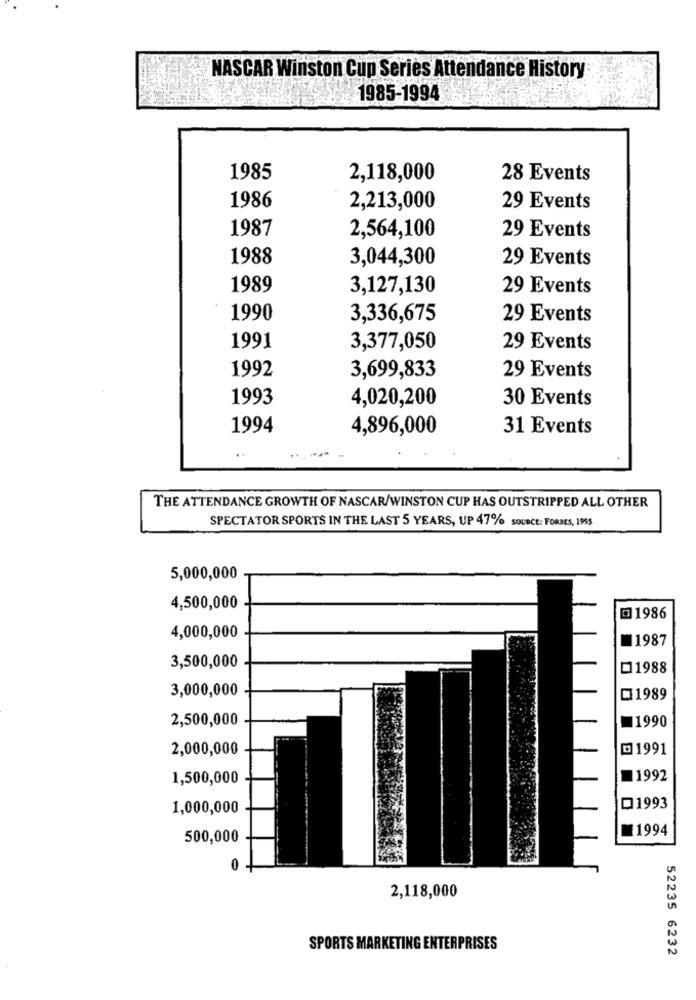
NASCAR Winston Cup Series Attendance History
1985-1994
1985
2,118,000
28 Events
1986
2,213,000
29 Events
1987
2,564,100
29 Events
1988
3,044,300
29 Events
1989
3,127,130
29 Events
1990
3,336,675
29 Events
1991
3,377,050
29 Events
1992
3,699,833
29 Events
1993
4,020,200
30 Events
1994
4,896,000
31 Events
.......-
THE ATTENDANCE GROWTH OF NASCAR/WINSTON CUP HAS OUTSTRIPPED ALL OTHER
SPECTATOR SPORTS IN THE LAST 5 YEARS, UP 47% SOURCE: FORBES, 1955
5,000,000
4,500,000
1986
4,000,000
1987
3,500,000
1988
3,000,000
01989
2,500,000
1990
2,000,000
@ 1991
1,500,000
11992
1,000,000
D1993
1994
500,000
0
2,118,000
SPORTS MARKETING ENTERPRISES
52235 6232